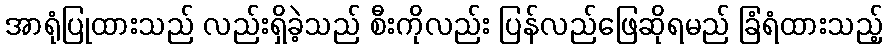
အာရုံပြုထားသည် လည်းရှိခဲ့သည် စီးကိုလည်း ပြန်လည်ဖြေဆိုရမည် ခြံရံထားသည့်